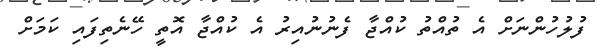
ފުލުހުންނަށް އެ ތުއްތު ކުއްޖާ ފެނުނުއިރު އެ ކުއްޖާ އޮތީ ހޭނެތިފައި ކަމަށް